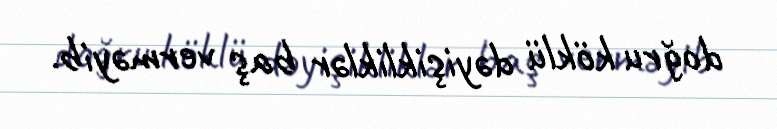
doğru köklü dəyişikliklər baş verməyib.